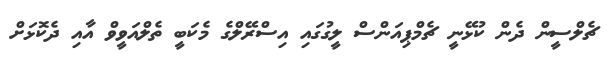
ޗެލްސީން ދެން ކުޅޭނީ ޗެމްޕިއަންސް ލީގުގައި އިސްރޭލްގެ މެކަބީ ތެލްއަވީވް އާއި ދެކޮޅަށް